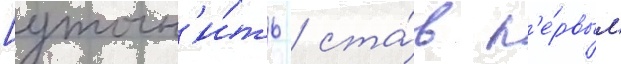
[уточн'и́ть / ста́в п'е́рвым